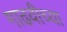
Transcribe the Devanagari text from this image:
गाढवीच्या